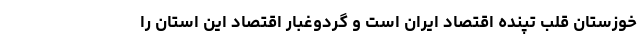
خوزستان قلب تپنده اقتصاد ایران است و گردوغبار اقتصاد این استان را